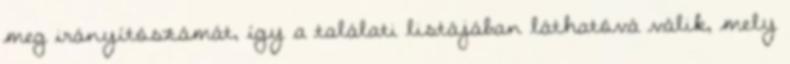
meg irányítószámát, így a találati listájában láthatóvá válik, mely